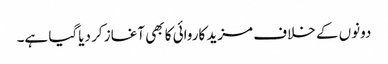
دونوں کے خلاف مزید کاروائی کا بھی آغاز کر دیاگیا ہے۔